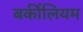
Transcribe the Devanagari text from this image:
बर्कीलियम